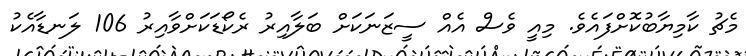
މެޗު ކާމިޔާބުކޮށްފައެވެ. މިއީ ވެސް އެއް ސީޒަނަކަށް ބަލާއިރު ރެކޯޑަކަށްވާއިރު 106 ލަނޑާއެކު